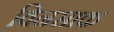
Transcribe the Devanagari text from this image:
विनसाक